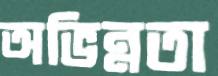
অভিন্নতা